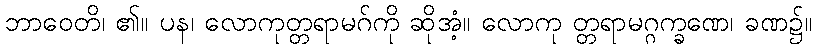
ဘာဝေတိ၊ ၏။ ပန၊ လောကုတ္တရာမဂ်ကို ဆိုအံ့။ လောကု တ္တရာမဂ္ဂက္ခဏေ၊ ခဏ၌။